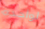
لواحدة